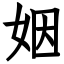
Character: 姻